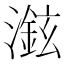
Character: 𱩖